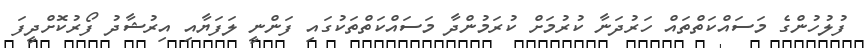
ފުލުހުންގެ މަސައްކަތްތައް ހަރުދަނާ ކުރުމަށް ކުރަމުންދާ މަސައްކަތްތަކުގައި ފަންނީ ލަފަޔާއި އިރުޝާދު ފޯރުކޮށްދީފަ